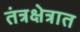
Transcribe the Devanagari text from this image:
तंत्रक्षेत्रात